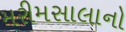
મરીમસાલાનો